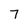
Character: 7